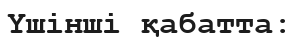
Үшінші қабатта: